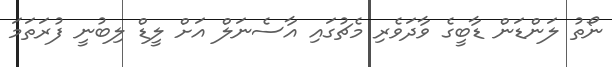
ނޯތު ލަންޑަން ޑާބީގެ ވާދަވެރި މެޗުގައި އާސެނަލް އަށް ލީޑް ލިބުނީ ފުރަތަމަ